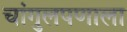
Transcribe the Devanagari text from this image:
चांगुलपणाला